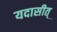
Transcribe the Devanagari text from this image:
यदासीत्